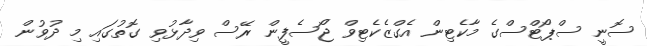
ސޮނީ ސްޕޯޓްސްގެ މާކެޓިން އެގްޒެކެޓިވް ޖޯސެފީން ރޭސް ވިދާޅުވި ގޮތުގައި މި ދުވުން